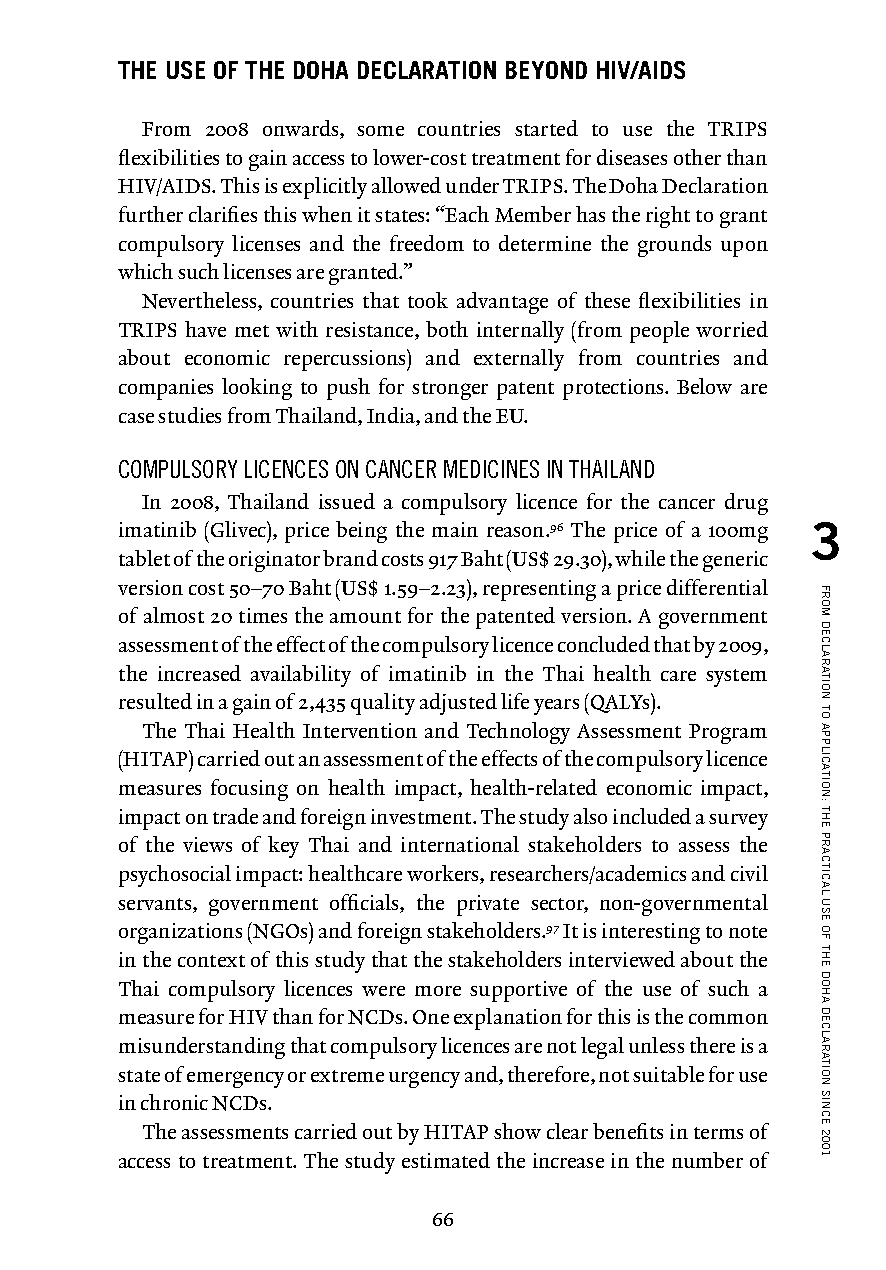
THE USE OF THE DOHA DECLARATION BEYOND HIV/AIDS
 From 2008 onwards, some countries started to use the TRIPS
 flexibilities to gain access to lower-cost treatment for diseases other than
 HIV/AIDS. This is explicitly allowed under TRIPS. The Doha Declaration
 further clarifies this when it states: “Each Member has the right to grant
 compulsory licenses and the freedom to determine the grounds upon
 which such licenses are granted.”
 Nevertheless, countries that took advantage of these flexibilities in
 TRIPS have met with resistance, both internally (from people worried
 about economic repercussions) and externally from countries and
 companies looking to push for stronger patent protections. Below are
 case studies from Thailand, India, and the EU.
 COMPULSORY LICENCES ON CANCER MEDICINES IN THAILAND
 In 2008, Thailand issued a compulsory licence for the cancer drug
 imatinib (Glivec), price being the main reason.96 The price of a 100mg 3
 tablet of the originator brand costs 917 Baht (US$ 29.30), while the generic
 version cost 50–70 Baht (US$ 1.59–2.23), representing a price differential
 of almost 20 times the amount for the patented version. A government
 assessment of the effect of the compulsory licence concluded that by 2009,
 the increased availability of imatinib in the Thai health care system
 resulted in a gain of 2,435 quality adjusted life years (QALYs).
 The Thai Health Intervention and Technology Assessment Program
 (HITAP) carried out an assessment of the effects of the compulsory licence
 measures focusing on health impact, health-related economic impact,
 impact on trade and foreign investment. The study also included a survey
 of the views of key Thai and international stakeholders to assess the
 psychosocial impact: healthcare workers, researchers/academics and civil
 servants, government officials, the private sector, non-governmental
 organizations (NGOs) and foreign stakeholders.97 It is interesting to note
 in the context of this study that the stakeholders interviewed about the
 Thai compulsory licences were more supportive of the use of such a
 measure for HIV than for NCDs. One explanation for this is the common
 misunderstanding that compulsory licences are not legal unless there is a
 state of emergency or extreme urgency and, therefore, not suitable for use
 in chronic NCDs.
 The assessments carried out by HITAP show clear benefits in terms of
 access to treatment. The study estimated the increase in the number of
 66
 FROM
 DECLARATION
 TO
 APPLICATION:
 THE
 PRACTICAL
 USE
 OF
 THE
 DOHA
 DECLARATION
 SINCE
 2001